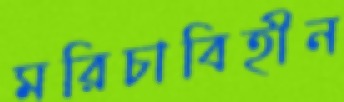
মরিচাবিহীন